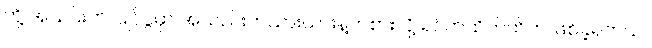
တို့ အသင်းက ပြိုင်ပွဲမှာ အသည်းတယားယားနဲ့ကစားလို့ ရင်တထိတ်ထိတ် ဖြစ်ခဲ့ရတယ်။